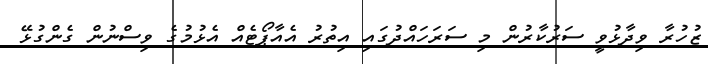
ޒުހުރާ ވިދާޅުވީ ސަރުކާރުން މި ސަރަހައްދުގައި އިތުރު އެއާޕޯޓެއް އެޅުމުގެ ވިސްނުން ގެންގުޅޭ